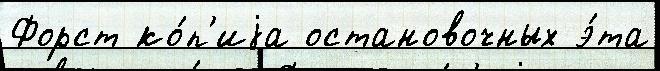
Форст ко́п'иjа остановочных э́та